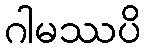
ဂါမဿပိ